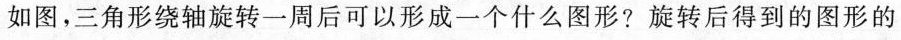
如图，三角形绕轴旋转一周后可以形成一个什么图形?旋转后得到的图形的